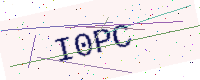
Text: I0PC